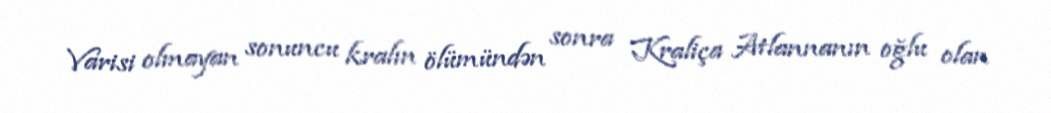
Varisi olmayan sonuncu kralın ölümündən sonra Kraliça Atlannanın oğlu olan